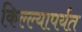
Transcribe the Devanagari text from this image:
किल्ल्यापर्यत